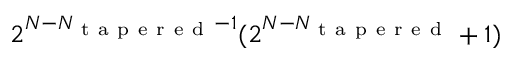
2 ^ { N - N _ { \mathrm { ~ t ~ a ~ p ~ e ~ r ~ e ~ d ~ } } - 1 } ( 2 ^ { N - N _ { \mathrm { ~ t ~ a ~ p ~ e ~ r ~ e ~ d ~ } } } + 1 )